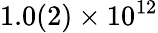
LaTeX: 1.0(2)\times 10^{12}